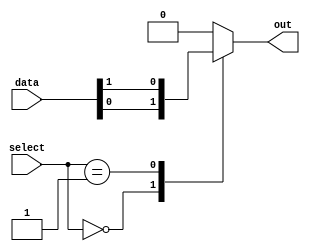
module mux512to1 (
    input wire [511:0] data,
    input wire [8:0] select,
    output reg out
);

always @(*) begin
    case (select)
        9'b000000000: out = data[0];
        9'b000000001: out = data[1];
        // Continue with cases for all 512 inputs
        default: out = 1'b0; // Default output is 0
    endcase
end

endmodule